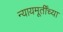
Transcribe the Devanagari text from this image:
न्यायमूर्तींच्या